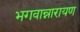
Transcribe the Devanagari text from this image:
भगवान्नारायण